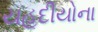
યહૂદીયોના